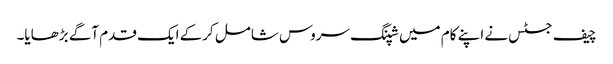
چیف جسٹس نے اپنے کام میں شپنگ سروس شامل کرکے ایک قدم آگے بڑھایا۔